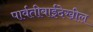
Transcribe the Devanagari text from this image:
पार्वतीबाईदेखील